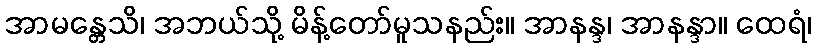
အာမန္တေသိ၊ အဘယ်သို့ မိန့်တော်မူသနည်း။ အာနန္ဒ၊ အာနန္ဒာ။ ထေရံ၊